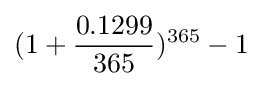
(1+{0.1299 \over 365})^{365}-1